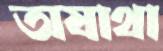
অযাথা